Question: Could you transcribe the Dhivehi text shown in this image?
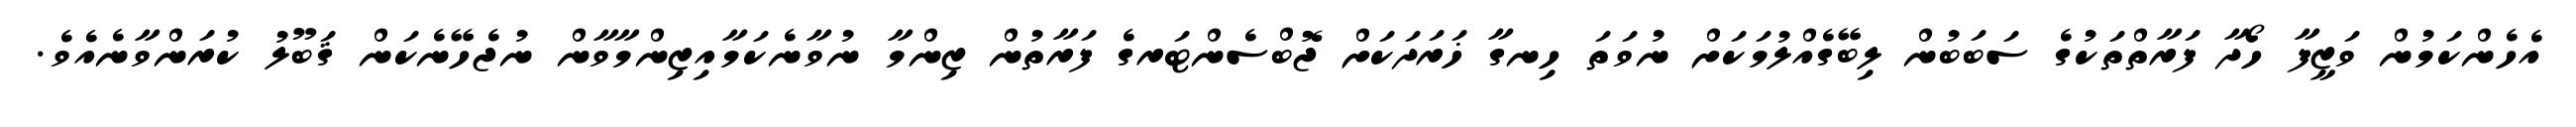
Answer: އެހެންކަމުން ވަޒީފާ ހޯދާ ފަރާތްތަކުގެ ސަބަބުން ލިބޭގެއްލުމަކަށް ނުވަތަ ހިނގާ ޚަރަދަކަށް ޖޮބްސެންޓަރގެ ފަރާތުން ޒިންމާ ނުވާނެކަމާއިޒިންމާވާން ނުޖެހޭނެކަން ޤަބޫލު ކުރަންވާނެއެވެ.